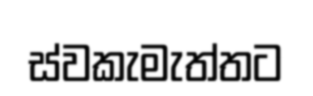
ස්වකැමැත්තට